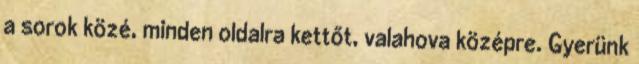
a sorok közé, minden oldalra kettőt, valahova középre. Gyerünk